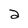
Character: 2